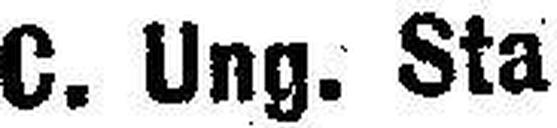
C. Ung. Staatsschuld